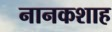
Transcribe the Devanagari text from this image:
नानकशाह